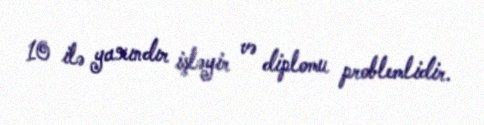
10 ilə yaxındır işləyir və diplomu problemlidir.